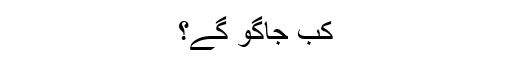
کب جاگو گے؟